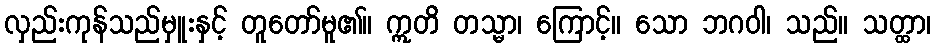
လှည်းကုန်သည်မှူးနှင့် တူတော်မူ၏။ ဣတိ တသ္မာ၊ ကြောင့်။ သော ဘဂဝါ၊ သည်။ သတ္ထာ၊